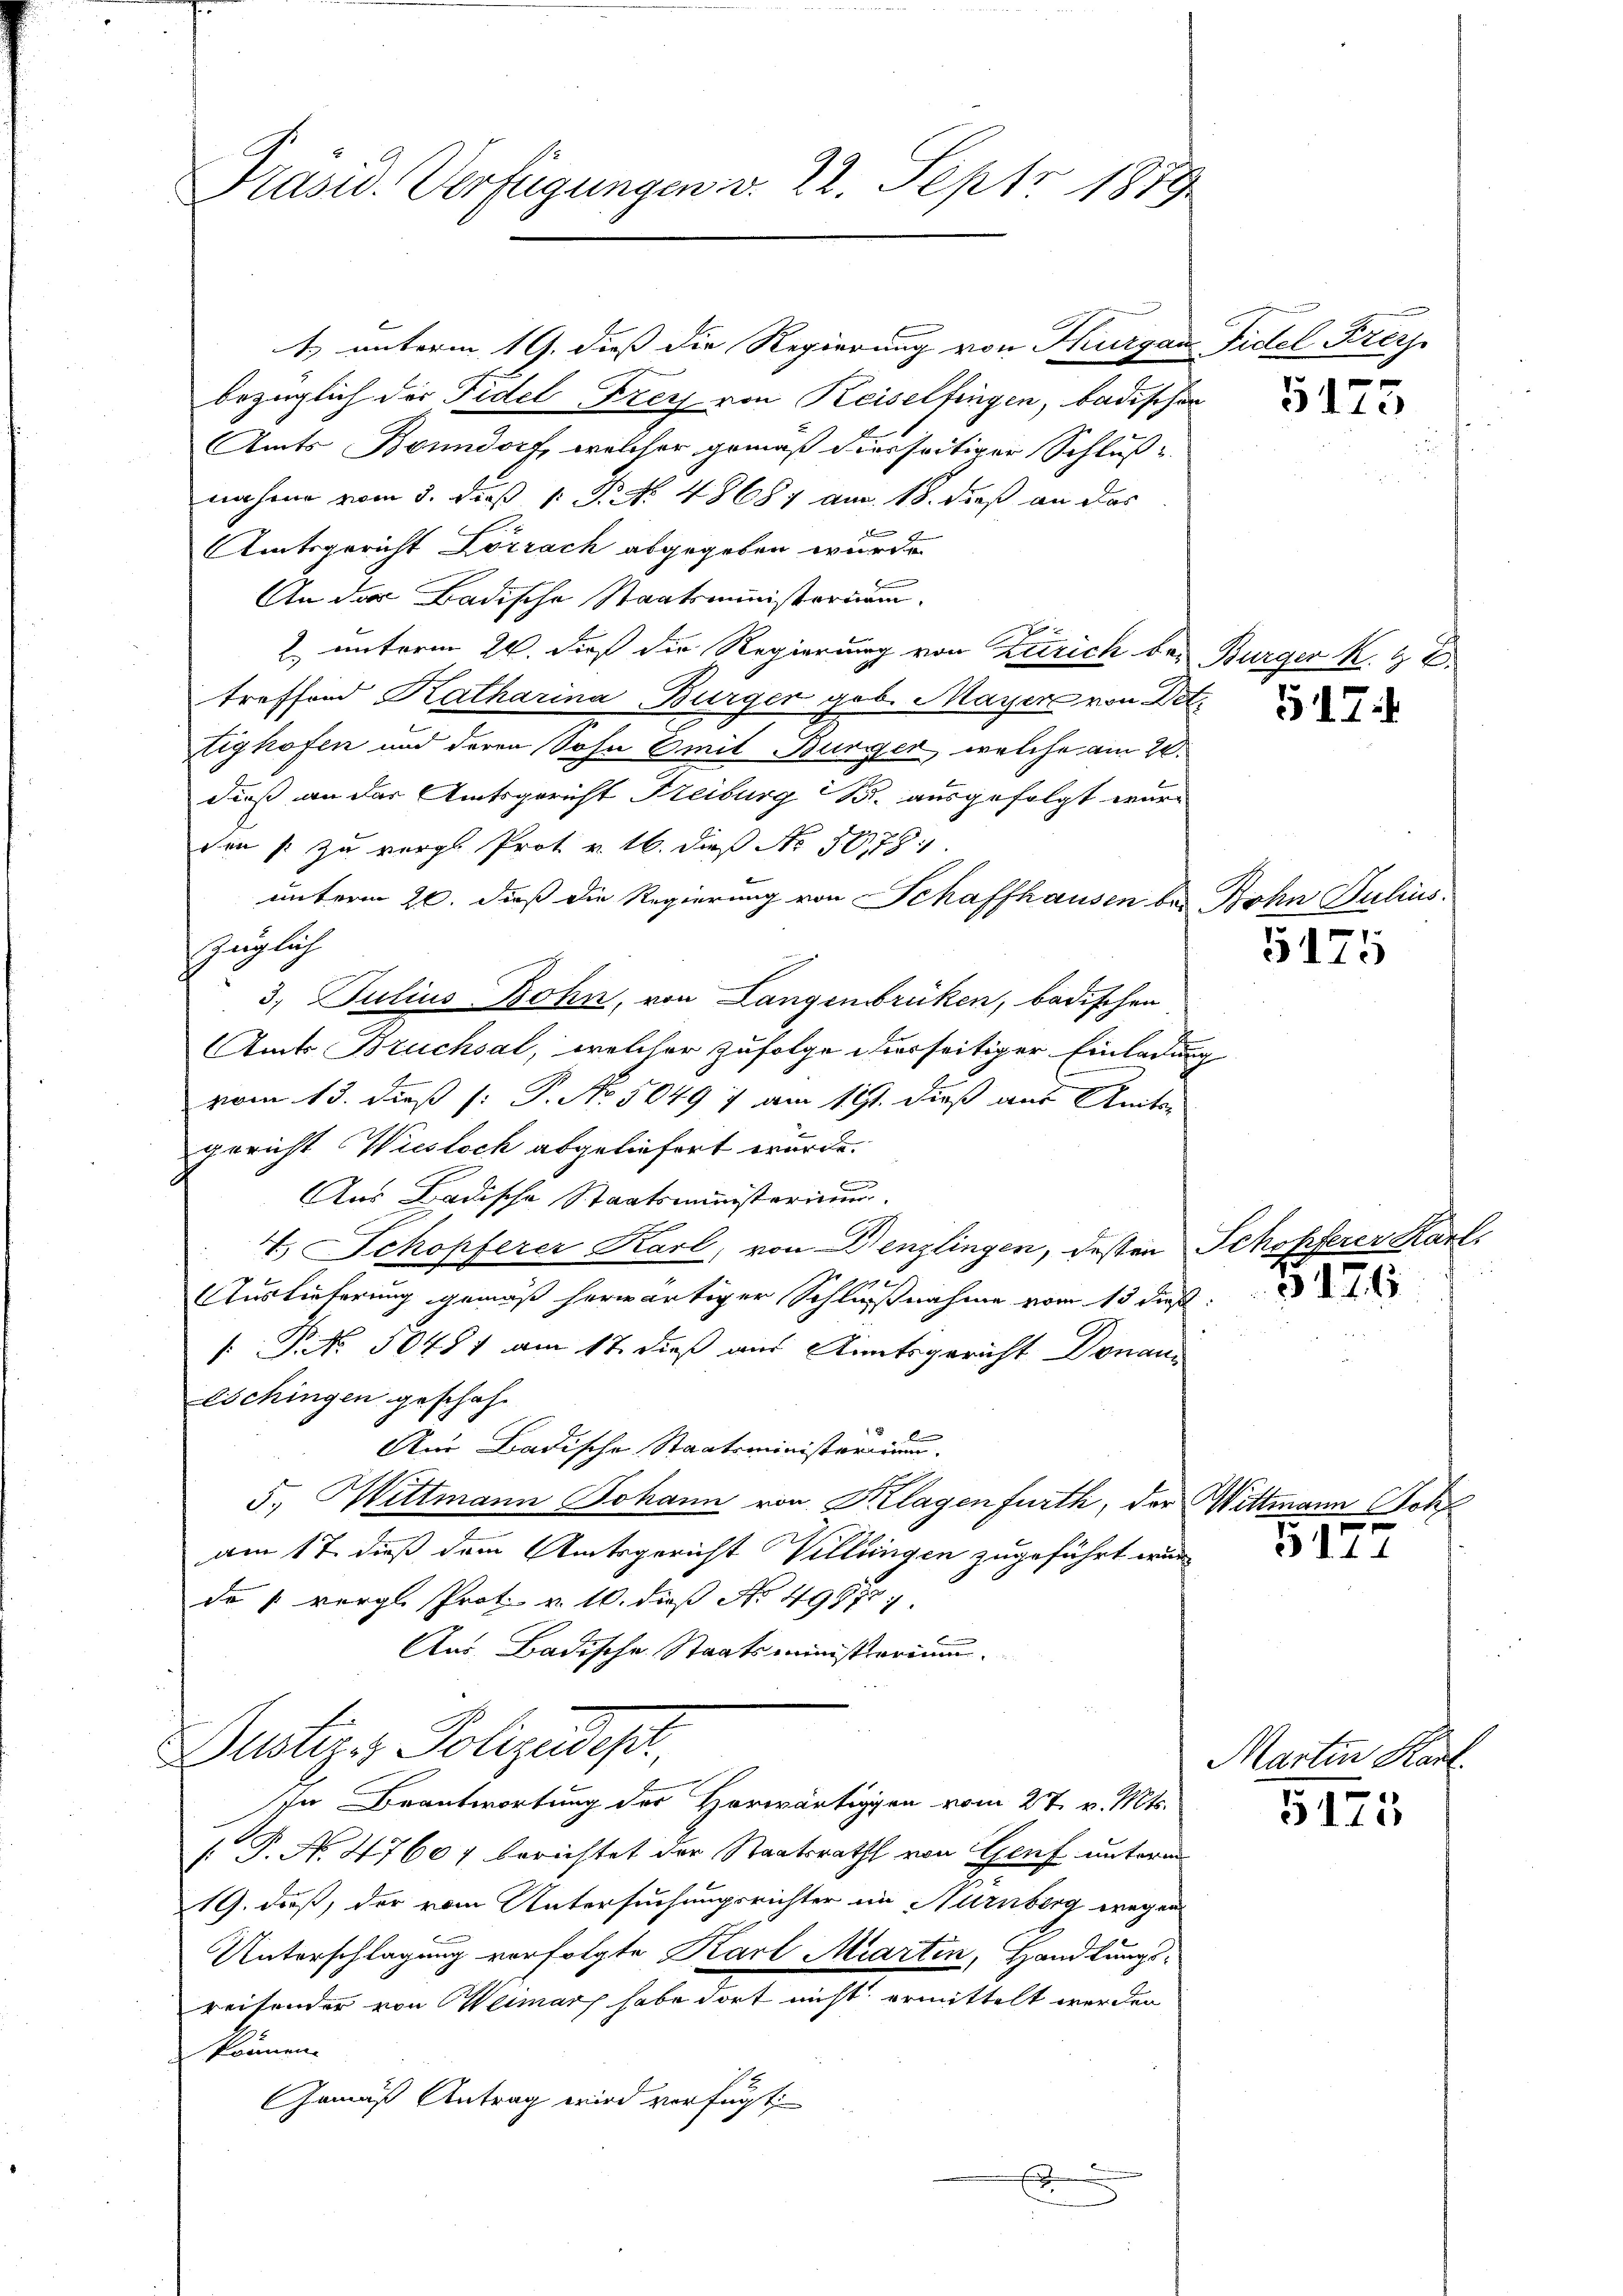
Präsid. Verfügungen v. 22. Sept. 1879

1. unterm 19. diess die Regierung von Thurgau Fidel Frey
bezüglich der Fidel Frey von Keiselfingen, badischen
Amts Bonndorf, welcher gemäß diesseitiger Schluß-
nahme vom 5. dieß, 1 P. No. 48687 am 18. dieß an das
n
Amtsgericht Lörrach abgegeben wurde.
An der Badische Staatsministorium.
2. unterm 20. dieß die Regierung von Zürich bei Bürger k. & 2
treffend Katharina Bürger geb. Mayer von Not.
tighofen und deren Sohn Emil Bürger, welche am 20.
dieß an der Amtsgericht Freiburg B. ausgefolgt wur-
e
den (: zu vergl. Prot. v. 16. dieß No 1078.
unterm 20. daß die Regierung von Schaffhausen bei Bohn Julius
züglich
3. Julius Bohn, von Langenbrüken, badischen
Amts Bruchsal, welcher zufolge derseitiger Einladung
vom 13. dieß [: P. No. 5049 7 am 191. dieß aus Amts-
gericht Wieslich abgeliefert wurde.
n
Aus Badische Staatsministerium.
V. Schopferer Karl, von Denzlingen, dessen Schopferer 2.

Auslieferung gemäß herwärtiger Schlußnahme vom 13 dieß
P. No. 50481 am 17. dieß aus Amtsgericht Donaun
Eschingen geschehe
Aus Badische Staatsministerium.
5., Wittmann Johann von Klagen fürth, der Wittmann Poram 17. dieß dem Amtsgericht Villingen zugeführt wurd
de (vergl. Prot. v. 10. dieß No 499787.
Aus Badische Staatsministerium.

[P. N. 47607 berichtet der Staatsrath von Genf unterm
19. daß, der vom Untersuchungsrichter in Nürnberg wegen
Unterschlagung verfolgte Karl Martin, Handlungsreisonder von Weimar habe dort nicht ermittelt werden
können.
Gemäß Antrag wird verfügt,

Justiz & Polizeidest
In Beantwortung des Horwärtiggen vom 27. v. Mts.

.
e

5173

517.

5175

3176

3177

Martin Kart

5175

l